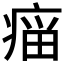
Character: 𰣲